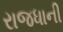
રાજધાની